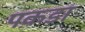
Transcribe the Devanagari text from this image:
पक़डा